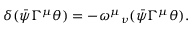
\delta ( \bar { \psi } \Gamma ^ { \mu } \theta ) = - { \omega ^ { \mu } } _ { \nu } ( \bar { \psi } \Gamma ^ { \mu } \theta ) .